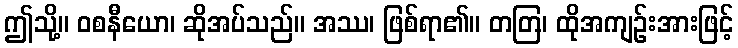
ဤသို့။ ဝစနီယော၊ ဆိုအပ်သည်။ အဿ၊ ဖြစ်ရာ၏။ တတြ၊ ထိုအကျဉ်းအားဖြင့်